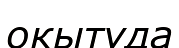
окытуда